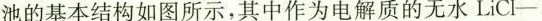
池的基本结构如图所示，其中作为电解质的无水LiCl-